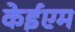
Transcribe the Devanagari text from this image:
केईएम